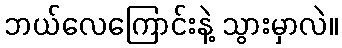
ဘယ်လေကြောင်းနဲ့ သွားမှာလဲ။